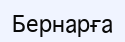
Бернарға